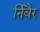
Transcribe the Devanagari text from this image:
र्निवैर